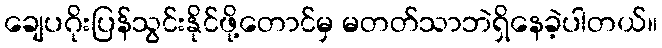
ချေပဂိုးပြန်သွင်းနိုင်ဖို့တောင်မှ မတတ်သာဘဲရှိနေခဲ့ပါတယ်။